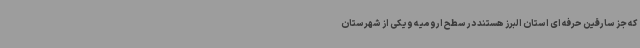
که جز سارقین حرفه ای استان البرز هستند در سطح ارومیه و یکی از شهرستان